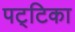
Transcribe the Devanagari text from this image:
पट्‌टिका